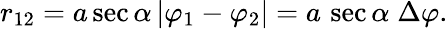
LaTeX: r_{12}=a\sec\alpha\, |\varphi_{1}-\varphi_{2}|=a\, \sec\alpha\; \Delta\varphi.